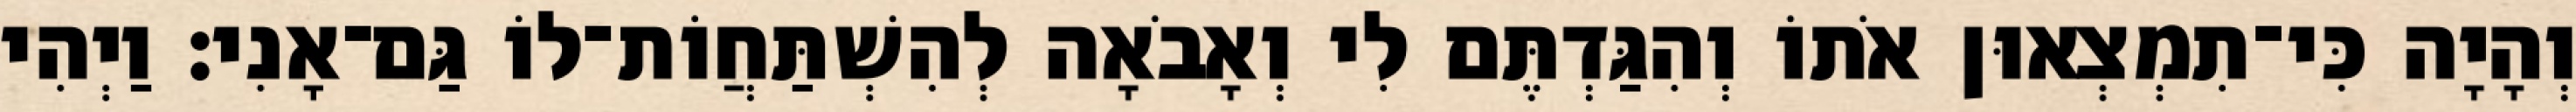
וְהָיָה כִּי־תִמְצְאוּן אֹתוֹ וְהִגַּדְתֶּם לִי וְאָבֹאָה לְהִשְׁתַּחֲוֹת־לוֹ גַּם־אָנִי׃ וַיְהִי